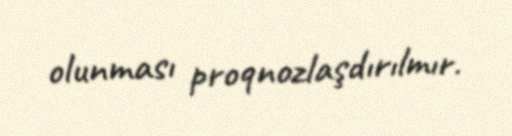
olunması proqnozlaşdırılmır.